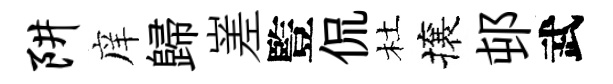
阱庠歸嵳䜿侃杜攘邨武